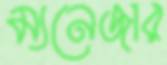
ম্যনেজার